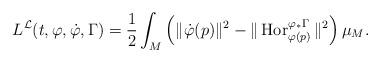
LaTeX: \begin{align*}L^\mathcal{L}(t,\varphi,\dot\varphi,\Gamma)=\frac{1}{2}\int_M\left(\|\dot\varphi(p)\|^2-\|\operatorname{Hor}^{\varphi_*\Gamma}_{\varphi(p)}\|^2\right)\mu_M.\end{align*}